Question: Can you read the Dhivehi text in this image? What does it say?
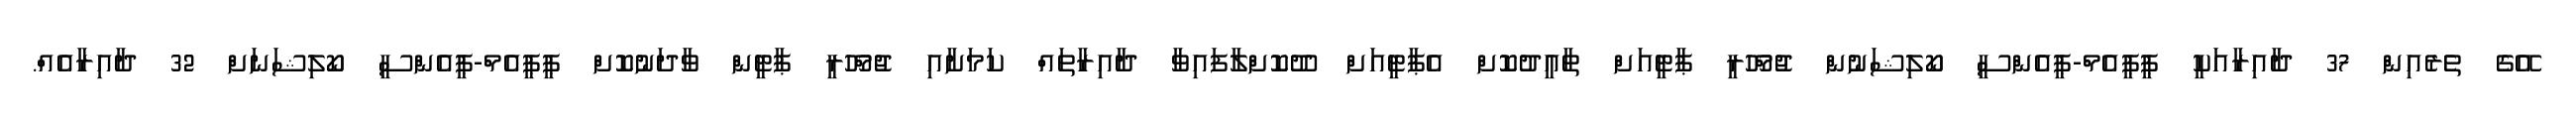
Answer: އޭގެ ތެރެއިން 37 ދާއިރާއަކީ ޕީޕީއެމް-ޕީއެންސީ ކޯލިޝަނުން ޖުމްހޫރީ ޕާޓީއަށް ތާއީދުކޮށް އެޕާޓީއަށް ދޫކޮށްލާފައިވާ ދާއިރާތައް ކަމަށާއި ޖުމްހޫރީ ޕާޓީން ވާދަނުކޮށް ޕީޕީއެމް-ޕީއެންސީ ކޯލިޝަނަށް 32 ދާއިރާއެއް.